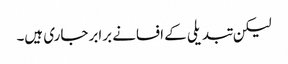
لیکن تبدیلی کے افسانے برابر جاری ہیں۔